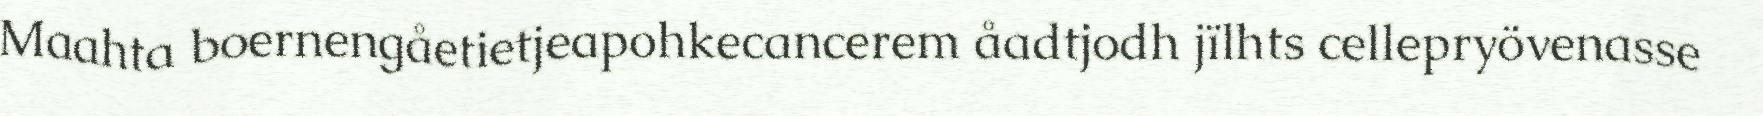
Maahta boernengåetietjeapohkecancerem åadtjodh jïlhts cellepryövenasse